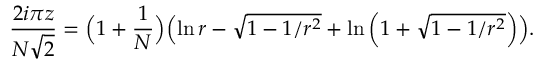
{ \frac { 2 i \pi z } { N \sqrt { 2 } } } = \Bigl ( 1 + { \frac { 1 } { N } } \Bigr ) \Bigl ( \ln r - \sqrt { 1 - 1 / r ^ { 2 } } + \ln \left( 1 + \sqrt { 1 - 1 / r ^ { 2 } } \right) \Bigr ) .